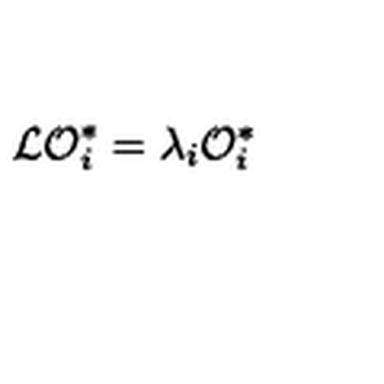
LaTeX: { \cal L O } _ { i } ^ { * } = \lambda _ { i } { \cal O } _ { i } ^ { * }